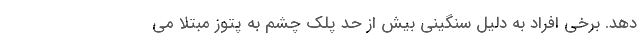
دهد. برخی افراد به دلیل سنگینی بیش از حد پلک چشم به پتوز مبتلا می